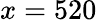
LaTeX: x=520